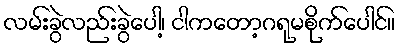
လမ်းခွဲလည်းခွဲပေါ့၊ ငါကတော့ဂရုမစိုက်ပေါင်။